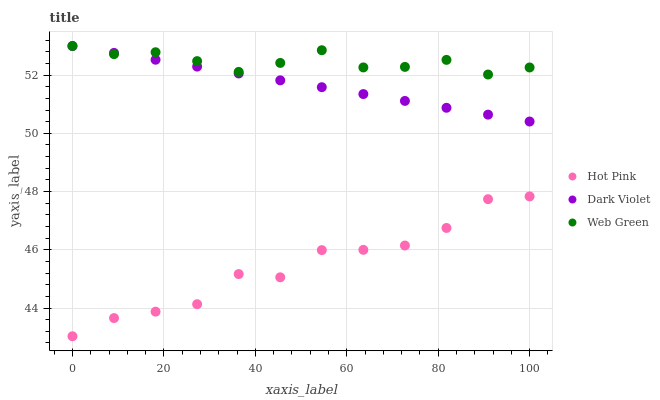
| xaxis_label | Hot Pink | Dark Violet | Web Green |
 | --- | --- | --- | --- |
 | 0 | 43 | 53 | 53 |
 | 9.09 | 43.7 | 52.8 | 52.7 |
 | 18.2 | 43.9 | 52.5 | 52.8 |
 | 27.3 | 44.1 | 52.3 | 52.5 |
 | 36.4 | 45.2 | 52.1 | 52.1 |
 | 45.5 | 45.1 | 51.8 | 52.4 |
 | 54.5 | 46 | 51.6 | 52.9 |
 | 63.6 | 46 | 51.3 | 52.3 |
 | 72.7 | 46.1 | 51.1 | 52.3 |
 | 81.8 | 46.7 | 50.9 | 52.5 |
 | 90.9 | 47.7 | 50.6 | 52 |
 | 100 | 47.8 | 50.4 | 52.3 |